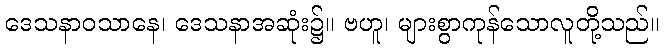
ဒေသနာဝသာနေ၊ ဒေသနာအဆုံး၌။ ဗဟူ၊ များစွာကုန်သောလူတို့သည်။